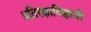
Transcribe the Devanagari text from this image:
प्रतिरक्षाविज्ञानी